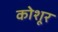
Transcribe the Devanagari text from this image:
कोशूर